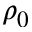
\rho _ { 0 }